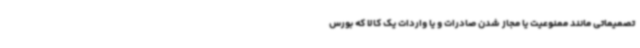
تصمیماتی مانند ممنوعیت یا مجاز شدن صادرات و یا واردات یک کالا که بورس